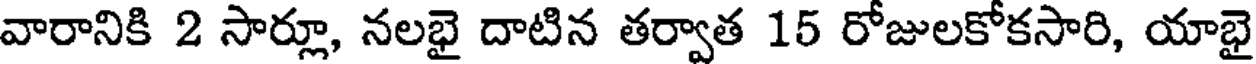
వారానికి 2 సార్లూ, నలభై దాటిన తర్వాత 15 రోజులకోకసారి, యాభై